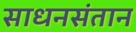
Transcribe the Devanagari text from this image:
साधनसंतान